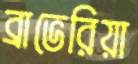
ব্রাভেরিয়া